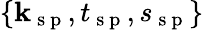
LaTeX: \{ \textbf{k}_{\mathrm{~s~p~}},t_{\mathrm{~s~p~}},s_{\mathrm{~s~p~}}\}